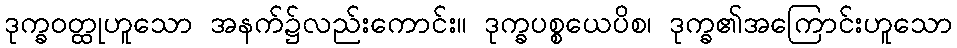
ဒုက္ခဝတ္ထုဟူသော အနက်၌လည်းကောင်း။ ဒုက္ခပစ္စယေပိစ၊ ဒုက္ခ၏အကြောင်းဟူသော